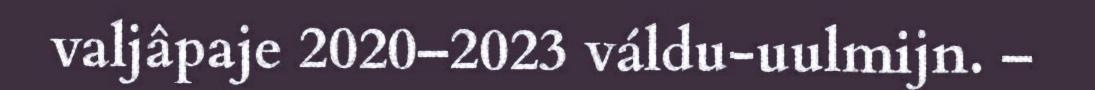
valjâpaje 2020–2023 váldu-uulmijn. –